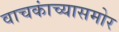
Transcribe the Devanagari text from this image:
वाचकांच्यासमोर